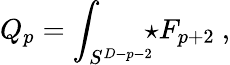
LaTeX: Q_{p}=\int_{S^{D-p-2}}\! \! \! \star F_{p+2}\ ,